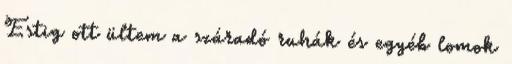
Estig ott ültem a száradó ruhák és egyéb lomok